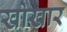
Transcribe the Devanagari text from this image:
खोखार